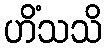
ဟိံသသိ